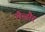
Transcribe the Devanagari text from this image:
लैन्ढौर